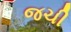
જચી